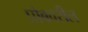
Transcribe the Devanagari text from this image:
प्रोबवरील